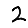
Digit: 2